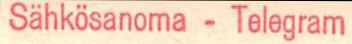
Sähkösanoma - Telegram